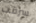
سرقت